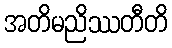
အတိမညိဿတီတိ